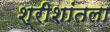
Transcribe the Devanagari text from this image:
श्रीशांतला